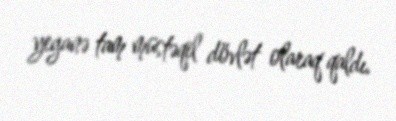
yeganə tam müstəqil dövlət olaraq qaldı.